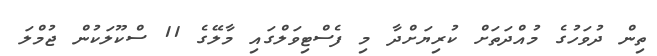
ތިން ދުވަހުގެ މުއްދަތަށް ކުރިޔަށްދާ މި ފެސްޓިވަލްގައި މާލޭގެ 11 ސްކޫލަކުން ޖުމްލަ